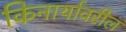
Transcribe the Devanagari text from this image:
किनार्यावरील